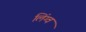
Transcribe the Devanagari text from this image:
लिंग्व